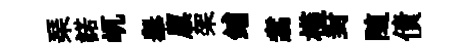
琹諾屼𦦙廪架鋪翥槿封随債